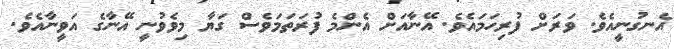
އެނގުނީއެވެ. ވަރަށް ފުރިހަމައެވެ. އޭނާއަށް އެންމެ ފުރަތަމަވެސް ގަޔާ މިވެވުނީ އޭނާގެ އަވީނާއެވެ.